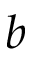
b